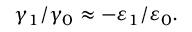
\gamma _ { 1 } / \gamma _ { 0 } \approx - \varepsilon _ { 1 } / \varepsilon _ { 0 } .